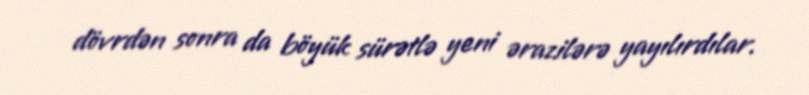
dövrdən sonra da böyük sürətlə yeni ərazilərə yayılırdılar.